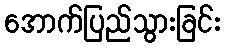
အောက်ပြည်သွားခြင်း